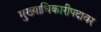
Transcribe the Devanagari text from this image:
मुख्याधिकारीपदावर